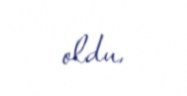
oldu.